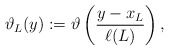
\begin{align*}\vartheta_L (y):= \vartheta \left(\frac{y-x_L}{\ell (L)}\right),\end{align*}